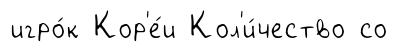
игро́к Кор'е́и Кол'и́чество со